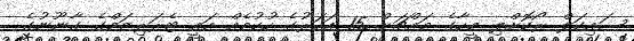
ސައިކަލް ރޯކޮށްލި މީހާގެ މައްޗަށް 15 އަހަރުގެ ހުކުމެއް އައީ ޓެރަރިޒަމްގެ ގާނޫނުގެ